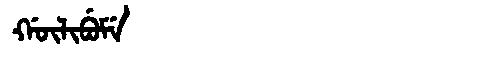
Manchu: ᡤᡡᠯᡳᠪᡠᠮᡝ
Romanization: GŪLIBUME